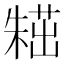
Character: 𣙸